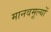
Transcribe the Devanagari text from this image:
मानवमूल्यों